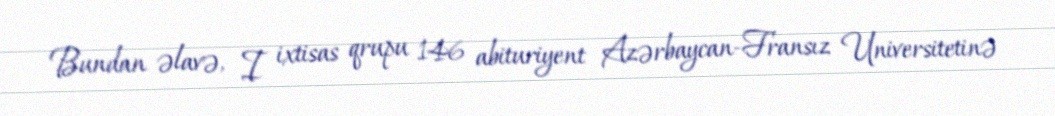
Bundan əlavə, I ixtisas qrupu 146 abituriyent Azərbaycan-Fransız Universitetinə